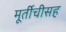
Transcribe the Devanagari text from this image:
मूर्तीचीसह